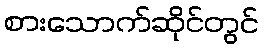
စားသောက်ဆိုင်တွင်